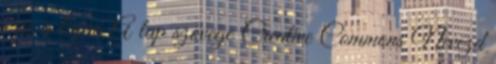
erre a lapra A lap szövege Creative Commons Nevezd